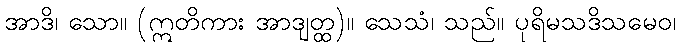
အာဒိ၊ သော။ (ဣတိကား အာဒျတ္ထ)။ သေသံ၊ သည်။ ပုရိမသဒိသမေဝ၊